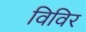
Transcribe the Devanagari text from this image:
विविर